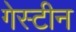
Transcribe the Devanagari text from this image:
गेस्टीन